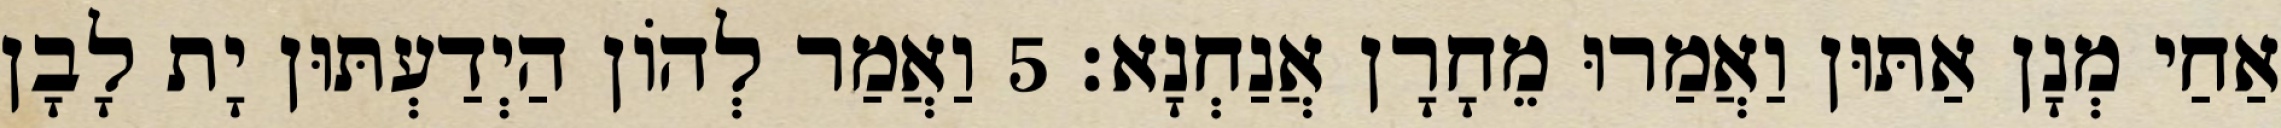
אַחַי מְנָן אַתּוּן וַאֲמַרוּ מֵחָרָן אֲנַחְנָא׃ 5 וַאֲמַר לְהוֹן הַיְדַעְתּוּן יָת לָבָן